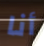
أنا